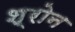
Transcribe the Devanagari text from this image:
श्रोन